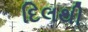
દિલથી